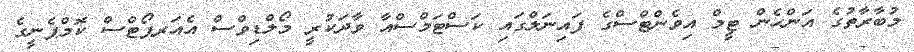
މުބާރާތުގެ އަންހެން ޓީމް އިވެންޓްސްގެ ފައިނަލްގައި ކަސްޓަމްސްއާ ވާދަކުރީ މޯލްޑިވްސް އެއަރޕޯޓްސް ކޮމްޕެނީގެ